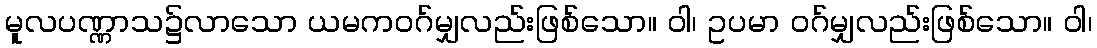
မူလပဏ္ဏာသ၌လာသော ယမကဝဂ်မျှလည်းဖြစ်သော။ ဝါ၊ ဥပမာ ဝဂ်မျှလည်းဖြစ်သော။ ဝါ၊